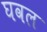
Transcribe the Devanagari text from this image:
घवल